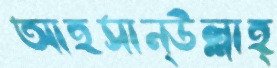
আহসান্উল্লাহ্